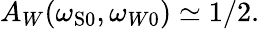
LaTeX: A_{W}(\omega_{\mathrm{{S}0}},\omega_{W0})\simeq 1/2.